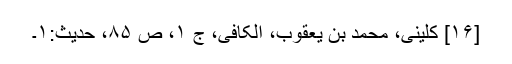
[۱۶] کلینی، محمد بن یعقوب، الکافی، ج ۱، ص ۸۵، حدیث:۱۔